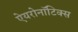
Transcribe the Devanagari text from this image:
ऐयरोनॉटिक्स